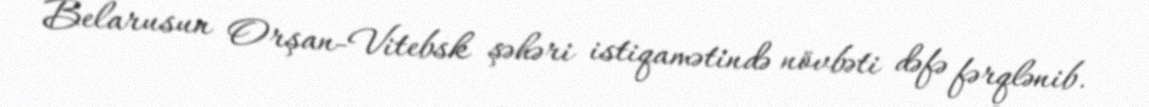
Belarusun Orşan-Vitebsk şəhəri istiqamətində növbəti dəfə fərqlənib.